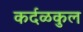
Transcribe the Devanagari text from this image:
कर्दळकुल